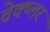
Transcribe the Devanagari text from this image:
वेक्ष्लर